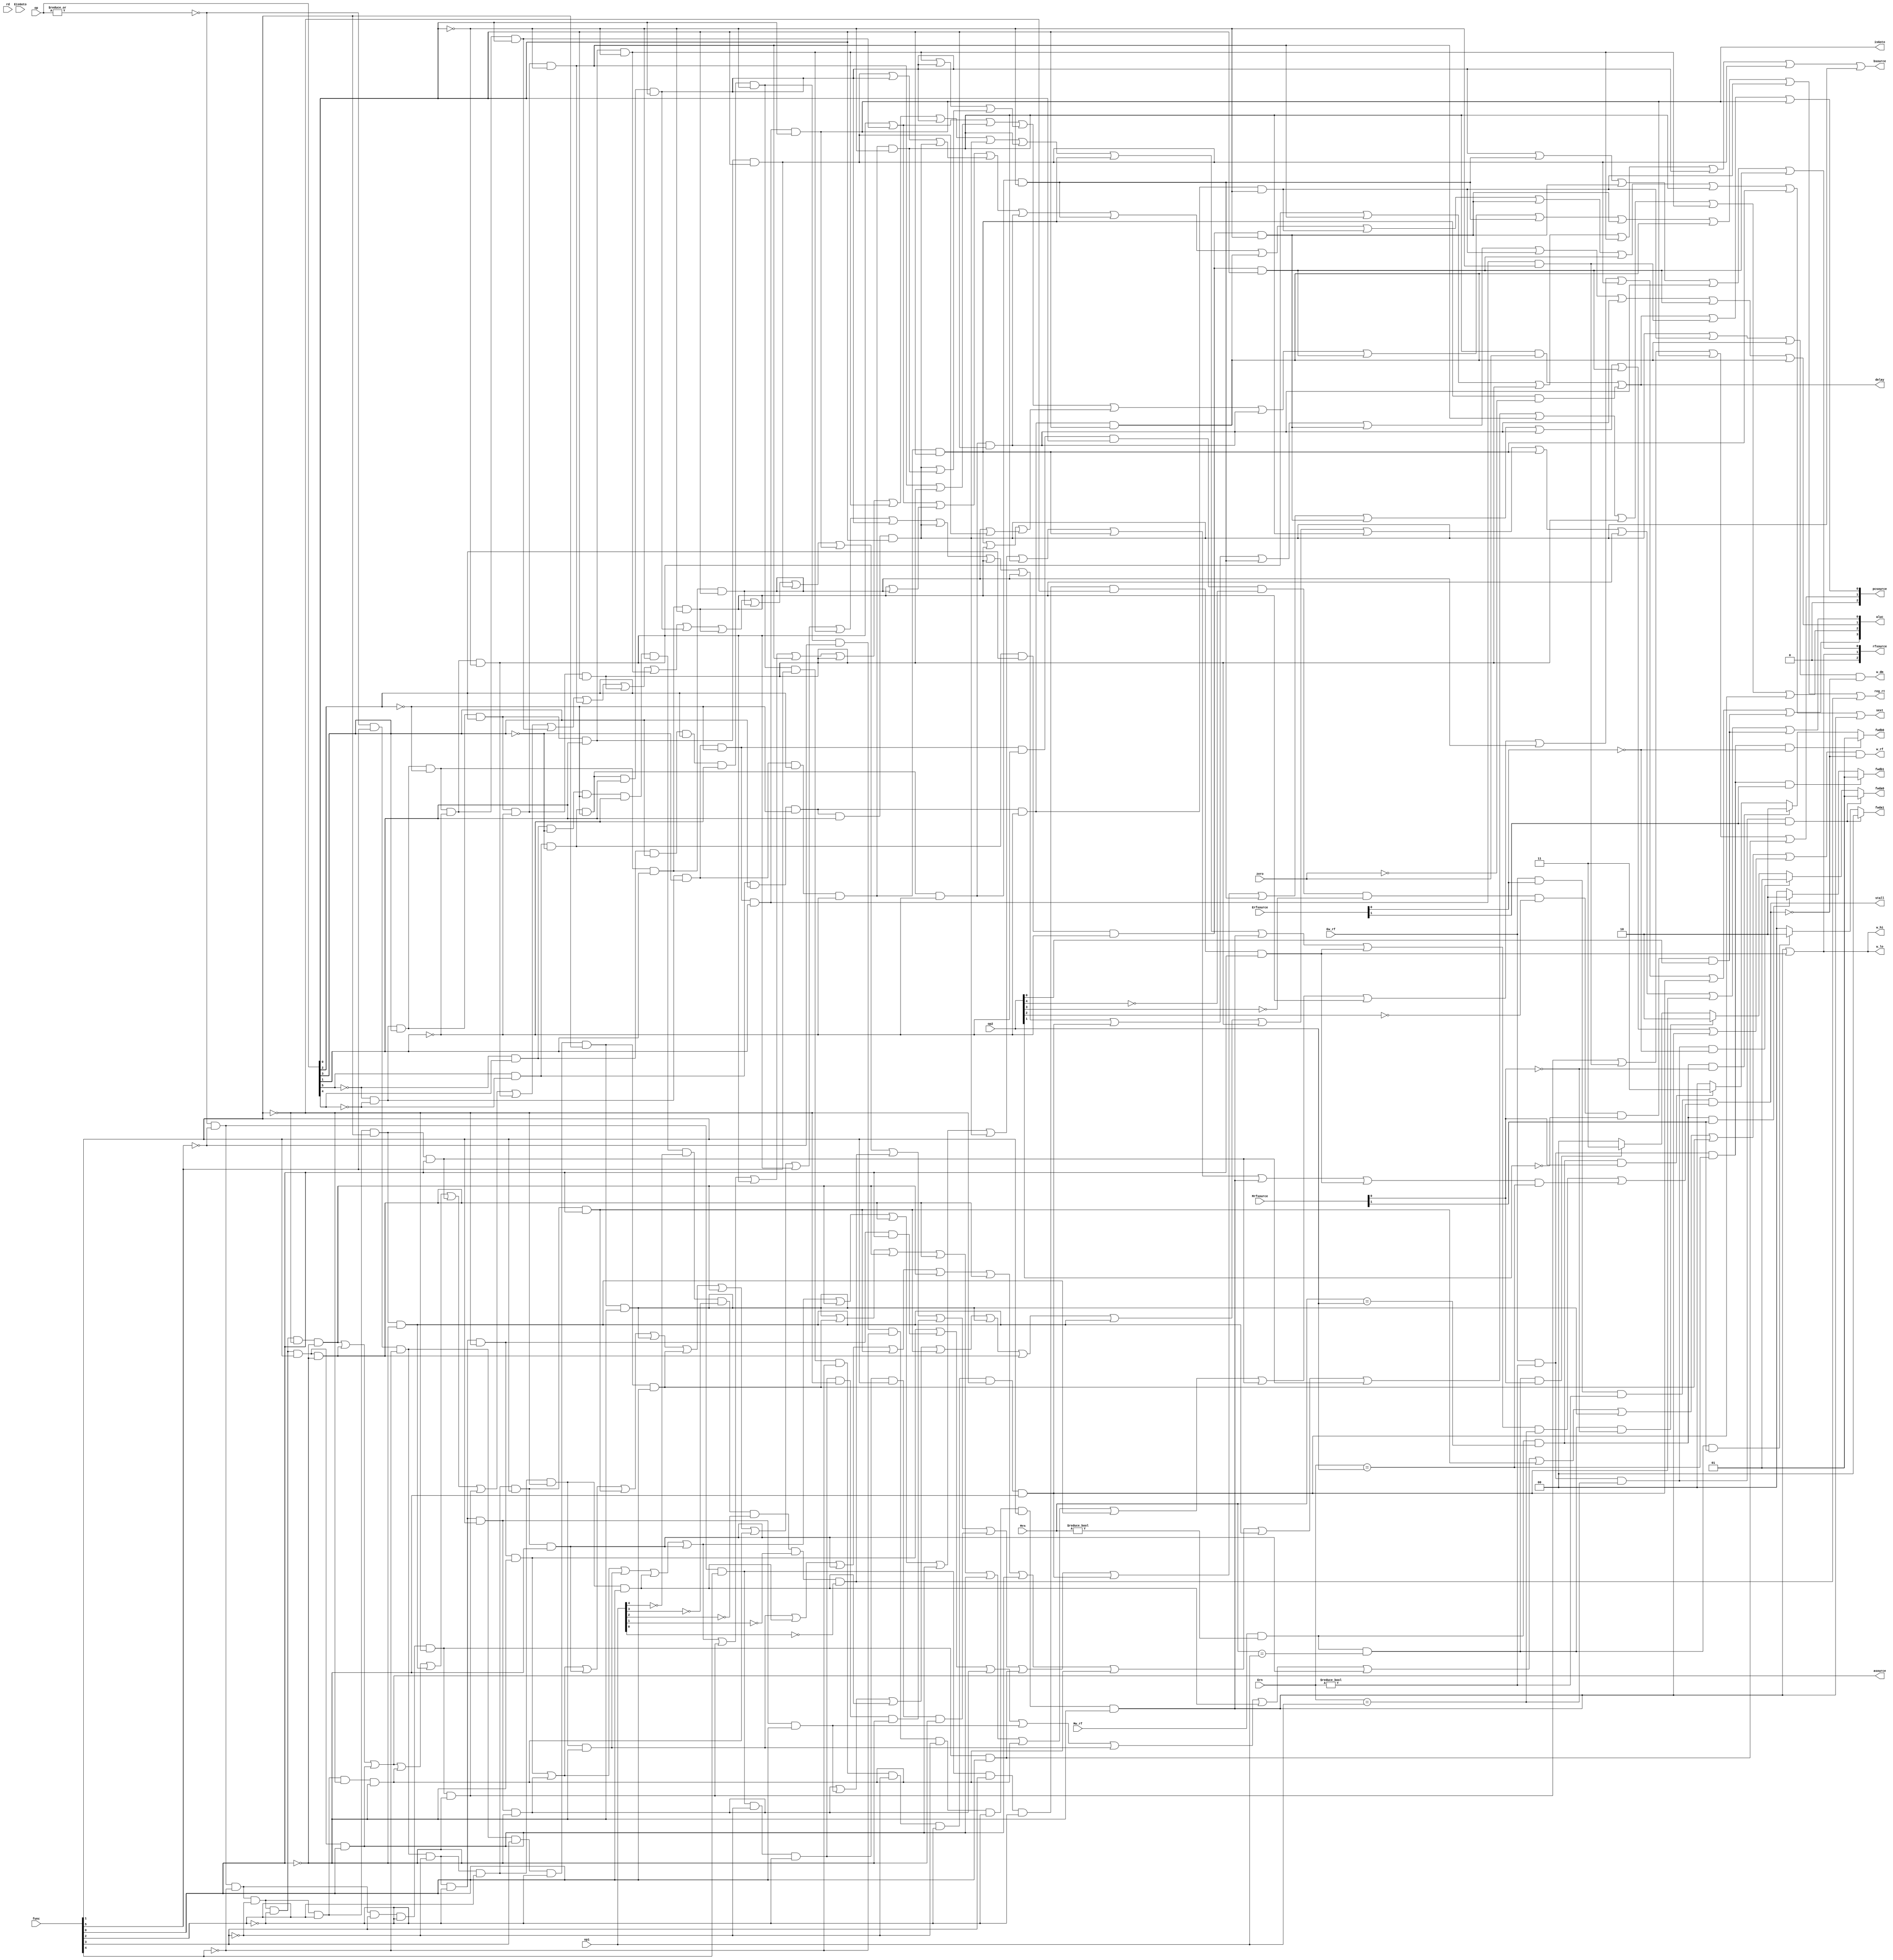
`timescale 1ns / 1ps
//IDcu
module pipeIDcu(op1,op2,op,func,rd,zero,
				EisGoto,
				Ew_rf,Mw_rf,
				Ern,Mrn,
				Erfsource,Mrfsource,
				isGoto,
				aluc,asource,bsource,
				pcsource,rfsource,
				w_dm,w_rf,w_hi,w_lo,
				reg_rt,
				sext,stall,
				fwda0,fwdb0,
				fwda1,fwdb1,
				delay);
	input [4:0] op1	   		;//rs
	input [4:0] op2	   		;//rt
	input [5:0] op	   		;//
	input [5:0] func   		;//
	input [4:0] rd			;
	input zero				;//rs,rt
	input EisGoto			;
	input Ew_rf				;
	input Mw_rf				;
	input [4:0]Ern			;
	input [4:0]Mrn			;
	input [2:0] Erfsource	;
	input [2:0] Mrfsource	;
	output isGoto			;
	output [3:0] aluc		;//aluc
	output asource			;
	output bsource			;
	output [2:0] pcsource	;//pc
	output [2:0] rfsource	;
	output w_dm				;
	output w_rf				;
	output w_hi				;
	output w_lo				;
	output reg_rt			;
	output sext				;//
	output stall			;
	output reg [1:0] fwda0	;
	output reg [1:0] fwdb0	;
	output reg [1:0] fwda1	;
	output reg [1:0] fwdb1	;
	output delay			;

	//31
	wire r_type=~|op;
    wire i_add  = r_type &  func[5] & ~func[4] & ~func[3] &~func[2] & ~func[1] & ~func[0];
    wire i_addu = r_type &  func[5] & ~func[4] & ~func[3] &~func[2] & ~func[1] &  func[0];
	wire i_sub  = r_type &  func[5] & ~func[4] & ~func[3] &~func[2] &  func[1] & ~func[0];
	wire i_subu = r_type &  func[5] & ~func[4] & ~func[3] &~func[2] &  func[1] &  func[0];
	wire i_and  = r_type &  func[5] & ~func[4] & ~func[3] & func[2] & ~func[1] & ~func[0];
	wire i_or   = r_type &  func[5] & ~func[4] & ~func[3] & func[2] & ~func[1] &  func[0];
	wire i_xor  = r_type &  func[5] & ~func[4] & ~func[3] & func[2] &  func[1] & ~func[0];
    wire i_nor  = r_type &  func[5] & ~func[4] & ~func[3] & func[2] &  func[1] &  func[0];
    wire i_slt  = r_type &  func[5] & ~func[4] &  func[3] &~func[2] &  func[1] & ~func[0];
    wire i_sltu = r_type &  func[5] & ~func[4] &  func[3] &~func[2] &  func[1] &  func[0];
    wire i_sll  = r_type & ~func[5] & ~func[4] & ~func[3] &~func[2] & ~func[1] & ~func[0];
	wire i_srl  = r_type & ~func[5] & ~func[4] & ~func[3] &~func[2] &  func[1] & ~func[0];
	wire i_sra  = r_type & ~func[5] & ~func[4] & ~func[3] &~func[2] &  func[1] &  func[0];
	wire i_sllv = r_type & ~func[5] & ~func[4] & ~func[3] & func[2] & ~func[1] & ~func[0];
    wire i_srlv = r_type & ~func[5] & ~func[4] & ~func[3] & func[2] &  func[1] & ~func[0];
    wire i_srav = r_type & ~func[5] & ~func[4] & ~func[3] & func[2] &  func[1] &  func[0];
	wire i_jr   = r_type & ~func[5] & ~func[4] &  func[3] &~func[2] & ~func[1] & ~func[0];
	wire i_addi = ~op[5] & ~op[4] &  op[3] & ~op[2] & ~op[1] & ~op[0];
	wire i_addiu= ~op[5] & ~op[4] &  op[3] & ~op[2] & ~op[1] &  op[0];
	wire i_andi = ~op[5] & ~op[4] &  op[3] &  op[2] & ~op[1] & ~op[0];
	wire i_ori  = ~op[5] & ~op[4] &  op[3] &  op[2] & ~op[1] &  op[0];
	wire i_xori = ~op[5] & ~op[4] &  op[3] &  op[2] &  op[1] & ~op[0];
	wire i_lw   =  op[5] & ~op[4] & ~op[3] & ~op[2] &  op[1] &  op[0];
	wire i_sw   =  op[5] & ~op[4] &  op[3] & ~op[2] &  op[1] &  op[0];
	wire i_beq  = ~op[5] & ~op[4] & ~op[3] &  op[2] & ~op[1] & ~op[0];
	wire i_bne  = ~op[5] & ~op[4] & ~op[3] &  op[2] & ~op[1] &  op[0];
	wire i_slti = ~op[5] & ~op[4] &  op[3] & ~op[2] &  op[1] & ~op[0];
    wire i_sltiu= ~op[5] & ~op[4] &  op[3] & ~op[2] &  op[1] &  op[0];
	wire i_lui  = ~op[5] & ~op[4] &  op[3] &  op[2] &  op[1] &  op[0];
	wire i_j    = ~op[5] & ~op[4] & ~op[3] & ~op[2] &  op[1] & ~op[0];
	wire i_jal  = ~op[5] & ~op[4] & ~op[3] & ~op[2] &  op[1] &  op[0];

	//54
    wire c0_type  = ~op[5] &  op[4] & ~op[3] & ~op[2] & ~op[1] & ~op[0];
    wire i_mfc0   = c0_type&~op1[4]&~op1[3] &~op1[2]&~op1[1]&~op1[0];
    wire i_mtc0   = c0_type&~op1[4]&~op1[3] & op1[2]&~op1[1]&~op1[0];
    wire i_eret   = c0_type& op1[4]&~op1[3] &~op1[2]&~op1[1]&~op1[0]&~func[5]& func[4] & func[3]&~func[2] & ~func[1] & ~func[0];
    wire i_syscall= r_type & ~func[5] & ~func[4] &  func[3] & func[2] & ~func[1] & ~func[0];
    wire i_break  = r_type & ~func[5] & ~func[4] &  func[3] & func[2] & ~func[1] &  func[0];
    wire i_teq    = r_type &  func[5] &  func[4] & ~func[3] & func[2] & ~func[1] & ~func[0];
    wire i_jalr   = r_type & ~func[5] & ~func[4] &  func[3] &~func[2] & ~func[1] &  func[0]; 
    wire i_divu     = r_type & ~func[5] &  func[4] &  func[3] &~func[2] &  func[1] &  func[0];
    wire i_div      = r_type & ~func[5] &  func[4] &  func[3] &~func[2] &  func[1] & ~func[0];  
    wire i_mulu     = r_type & ~func[5] &  func[4] &  func[3] &~func[2] & ~func[1] &  func[0];
    wire i_mfhi     = r_type & ~func[5] &  func[4] & ~func[3] &~func[2] & ~func[1] & ~func[0];
    wire i_mflo     = r_type & ~func[5] &  func[4] & ~func[3] &~func[2] &  func[1] & ~func[0];
    wire i_mthi     = r_type & ~func[5] &  func[4] & ~func[3] &~func[2] & ~func[1] &  func[0];
    wire i_mtlo     = r_type & ~func[5] &  func[4] & ~func[3] &~func[2] &  func[1] &  func[0]; 
    wire i_clz      =~op[5] &  op[4] &  op[3] &  op[2] & ~op[1] & ~op[0]&  func[5] & ~func[4] & ~func[3] &~func[2] & ~func[1] & ~func[0];
    wire i_mul      =~op[5] &  op[4] &  op[3] &  op[2] & ~op[1] & ~op[0]& ~func[5] & ~func[4] & ~func[3] &~func[2] &  func[1] & ~func[0];
    wire i_bgez     =~op[5] & ~op[4] & ~op[3] & ~op[2] & ~op[1] &  op[0]&  ~op2[4] & ~op2[3]  & ~op2[2]  &~op2[1]  & op2[0];
    wire i_lb       = op[5] & ~op[4] & ~op[3] & ~op[2] & ~op[1] & ~op[0];
    wire i_lbu      = op[5] & ~op[4] & ~op[3] &  op[2] & ~op[1] & ~op[0];
    wire i_lh       = op[5] & ~op[4] & ~op[3] & ~op[2] & ~op[1] &  op[0];
    wire i_lhu      = op[5] & ~op[4] & ~op[3] &  op[2] & ~op[1] &  op[0];
    wire i_sb       = op[5] & ~op[4] &  op[3] & ~op[2] & ~op[1] & ~op[0];
    wire i_sh       = op[5] & ~op[4] &  op[3] & ~op[2] & ~op[1] &  op[0];
    
	//alu control
    assign aluc[0]=i_sub|i_subu|i_or|i_nor|i_slt|i_srl|i_srlv|i_ori|i_beq|i_bne|i_slti|i_clz|i_bgez;
    assign aluc[1]=i_add|i_sub|i_xor|i_nor|i_slt|i_sltu|i_sll|i_sllv|i_addi|i_xori|i_lw|i_sw|i_slti|i_sltiu|i_clz|i_lb|i_lbu|i_sb|i_lh|i_lhu|i_sh;
    assign aluc[2]=i_and|i_or|i_xor|i_nor|i_sll|i_srl|i_sra|i_sllv|i_srlv|i_srav|i_andi|i_ori|i_xori|i_clz;
    assign aluc[3]=i_slt|i_sltu|i_sll|i_srl|i_sra|i_sllv|i_srlv|i_srav|i_slti|i_sltiu|i_lui|i_clz|i_bgez;

	assign pcsource[2]=1'b0;
    assign pcsource[1]=i_jr|i_j|i_jal|i_jalr;
    assign pcsource[0]=(i_beq&zero)|(i_bne&~zero)|i_j|i_jal;
	assign delay =(i_beq&zero)|(i_bne&~zero);
	assign isGoto = i_jal;
	assign rfsource[2]=1'b0;
	assign rfsource[1]=i_mul|i_mulu;
	assign rfsource[0]=i_lw|i_lb|i_lbu|i_lh|i_lhu;
	assign asource=i_sll|i_srl|i_sra;
	assign bsource=i_addi|i_andi|i_ori|i_xori|i_lw|i_lui|i_sw;
	assign w_dm=(i_sw|i_sb|i_sh)&(~stall);
	assign w_rf=(i_add|i_addu|i_sub|i_subu|i_and|i_or|i_xor|i_nor|
				i_slt|i_sltu||i_sll|i_srl|i_sra|i_sllv|i_srlv|i_srav|
				i_jr|i_addi|i_addiu|i_andi|i_ori|i_xori|i_lw|i_slti|
				i_sltiu|i_lui|i_jal|i_mfc0|i_mfhi|i_mflo|i_jalr|i_clz|
				i_lb|i_lbu|i_lh|i_lhu|i_mul)&(~stall);
	assign w_hi=i_mul|i_mulu;
	assign w_lo=i_mul|i_mulu;
	assign reg_rt=(((i_addi|i_addiu)|(i_andi|i_ori))|((i_xori|i_lw)|(i_sw|i_beq)))|
				  ((i_bne|i_slti)|(i_sltiu|i_lui))|i_lh|i_lhu|i_lb|i_lbu|i_sh|i_sb|i_mfc0;
	//i_addi|i_lw|i_sw|
	assign sext=((i_addi|i_addiu)|(i_slti|i_sltiu))|((i_lui|i_lw)|i_sw)|i_lh|i_lb|i_sh|i_sb|i_lbu|i_lhu|i_beq|i_bne|i_mul;
	wire i_rs= i_add | i_sub | i_and | i_or | i_xor | i_jr | i_addi|
			   i_andi| i_ori | i_xori| i_lw | i_sw  | i_beq| i_bne |
			   i_mul | i_mulu;
    wire i_rt= i_add | i_sub | i_and | i_or | i_xor | i_sll | i_srl|
			   i_sra | i_sw  | i_beq | i_bne| i_mul | i_mulu;

	assign stall = (Ew_rf & Erfsource[0] & (Ern!=0) & ((i_rs&(Ern==op1)) | (i_rt&(Ern==op2))));
	
	always@(Ew_rf or Mw_rf or Ern or Mrn or Erfsource[0] or Mrfsource[0] or op1 or op2)
	begin
		fwda0=2'b00;
		fwda1=2'b00;
		if(Ew_rf&(Ern!=0)&(Ern==op1)&~Erfsource[0])
		begin
			fwda0=2'b01;//Ealu
		end
		else
		begin
			if(Mw_rf&(Mrn!=0)&(Mrn==op1)&~Mrfsource[0])
			begin
				fwda0=2'b10;
			end
			else
			begin
				if(Mw_rf&(Mrn!=0)&(Mrn==op1)&Mrfsource[0])
				begin
				fwda0=2'b11;
				end
			end
		end
		if(Ew_rf&(Ern!=0)&(Ern==op1)&Erfsource[1])
		begin
			fwda0=2'b01;//Ealu
		end
		else if(Mw_rf&(Mrn!=0)&(Mrn==op1)&Mrfsource[1])
		begin
			fwda1=2'b10;
		end
		
		fwdb0=2'b00;
		fwdb1=2'b00;
		if(Ew_rf&(Ern!=0)&(Ern==op2)&~Erfsource[0])
		begin
			fwdb0=2'b01;//Ealu
		end
		else
		begin
			if(Mw_rf&(Mrn!=0)&(Mrn==op2)&~Mrfsource[0])
			begin
				fwdb0=2'b10;
			end
			else
			begin
				if(Mw_rf&(Mrn!=0)&(Mrn==op2)&Mrfsource[0])
				begin
				fwdb0=2'b11;
				end
			end
		end	
		if(Ew_rf&(Ern!=0)&(Ern==op2)&Erfsource[1])
		begin
			fwdb1=2'b01;//Ealu
		end
		else if(Mw_rf&(Mrn!=0)&(Mrn==op2)&Mrfsource[1])
		begin
			fwdb1=2'b10;
		end
	end
	
	//assign w_hi=i_mthi|i_multu|i_div|i_divu;
    //assign w_lo=i_mtlo|i_multu|i_div|i_divu;

	//assign pcsource[2]=i_jr|i_j|i_jal|i_jalr;//
	//assign pcsource[1]=i_jr|i_j|i_jal|i_jalr;//
    //assign pcsource[0]=(i_beq&zero)|(i_bne&~zero)|i_j|i_jal;
   
	//CP0  ?
	//wire int_int=intr;//
    //wire exc_sys=sta[1]&i_syscall;//
    //wire exc_bp=sta[2]&i_break;//
    //wire exc_tr=sta[3]&i_teq;//
    //assign inta=int_int;
    //assign exc= intr|exc_sys|exc_bp|exc_tr;
    //wire rd_is_status=(rd==12);
    //wire rd_is_cause=(rd==13);
    //wire rd_is_epc=(rd==14);
    //assign mtc0=i_mtc0;
    //assign wsta=exc|mtc0 & rd_is_status|i_eret;
    //assign wcau=exc|mtc0 & rd_is_cause;
    //assign wepc=exc|mtc0 & rd_is_epc;
    //assign mfc0[0]=i_mfc0 & rd_is_status|i_mfc0&rd_is_epc;
    //assign mfc0[1]=i_mfc0 & rd_is_cause|i_mfc0&rd_is_epc;
    //assign selpc[0]=i_eret;
    //assign selpc[1]=exc;
    ////cause[6:2] 'ExcCode' 
    //wire ExcCode0=i_break|i_teq;
    //wire ExcCode2=i_teq;
    //assign cause={27'b0000_0000_0000_0000_0000_0000_001,ExcCode2,1'b0,ExcCode0,2'b00};
   
	//assign REG31=i_jal;
	//assign MUX1[1]=i_j|i_jal|i_jr|i_jalr;
    //assign MUX1[0]=i_jr|i_jalr|(i_beq&zero)|(i_bne&(~zero))|(i_bgez&zero);
    //assign MUX2[1]=i_jal|i_jalr|i_mfhi|i_mflo;
    //assign MUX2[0]=i_lw|i_lb|i_lbu|i_lh|i_lhu|i_mfhi|i_mflo;
    //assign MUX3=i_sll|i_srl|i_sra;
    //assign MUX4=i_addi|i_addiu|i_andi|i_ori|i_xori|i_lw|i_sw|i_slti|i_sltiu|i_lui|i_lb|i_lbu|i_sb|i_lh|i_lhu|i_sh;
    //assign MUX5=i_addi|i_addiu|i_andi|i_ori|i_xori|i_lw|i_slti|i_sltiu|i_lui|i_lb|i_lbu|i_lh|i_lhu|i_mfc0;
    //assign MUX6=i_mflo;
    //assign MUX7=i_mul;
    //assign MUX8[0]=i_multu|i_divu;
    //assign MUX8[1]=i_div|i_divu;
    //assign MUX9[0]=i_multu|i_divu;
    //assign MUX9[1]=i_div|i_divu;
    //assign SIGN_EXT16=i_addi|i_addiu|i_lw|i_sw|i_slti|i_sltiu|i_lb|i_lbu|i_sb|i_lh|i_lhu|i_sh;
    //
    //assign load_s[0]=i_lbu|i_lhu;
    //assign load_s[1]=i_lhu|i_lh;
    //assign load_lw=i_lw;
    //assign store_s[0]=i_sb;
    //assign store_s[1]=i_sh;
    
endmodule